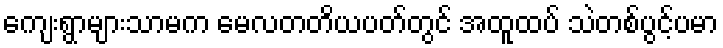
ကျေးရွာများသာမက မေလတတိယပတ်တွင် အထူထပ် သဲတစ်ပွင့်ပမာ